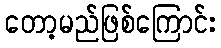
တော့မည်ဖြစ်ကြောင်း